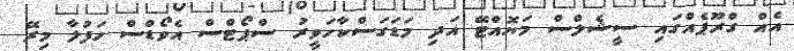
އެއް ގްރޫޕެއްގައި ސީޝެލްސް މަޔޮއްޓޭ އަދި މަޑަަގަސްކާހަވީރު ސްޕޯޓްސް އެވޯޑްސް ހަފުލާ މިރޭ